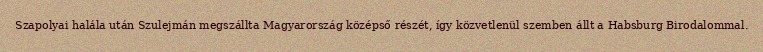
Szapolyai halála után Szulejmán megszállta Magyarország középső részét, így közvetlenül szemben állt a Habsburg Birodalommal.